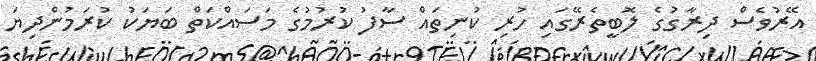
އޭރުވެސް ދިރާގުގެ ލޮބީތެރޭގައި ހުރި ކުނިތައް ސާފު ކުރުމުގެ މަސައްކަތް ބަޔަކު ކުރަމުންދިޔަ